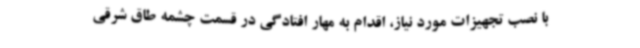
با نصب تجهیزات مورد نیاز، اقدام به مهار افتادگی در قسمت چشمه طاق شرقی